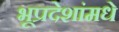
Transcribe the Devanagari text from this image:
भूप्रदेशांमधे